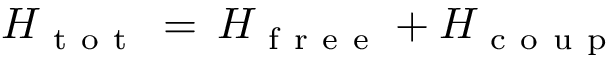
H _ { \mathrm { ~ t ~ o ~ t ~ } } \, = \, H _ { \mathrm { ~ f ~ r ~ e ~ e ~ } } + H _ { \mathrm { ~ c ~ o ~ u ~ p ~ } }